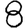
Digit: 8